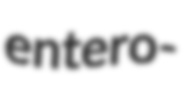
entero-